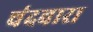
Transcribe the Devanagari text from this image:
चंदवारा